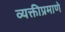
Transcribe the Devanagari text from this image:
व्यक्तीप्रमाणे